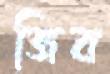
জিব